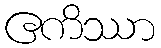
ဧကိဿာ